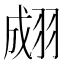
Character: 𦑆